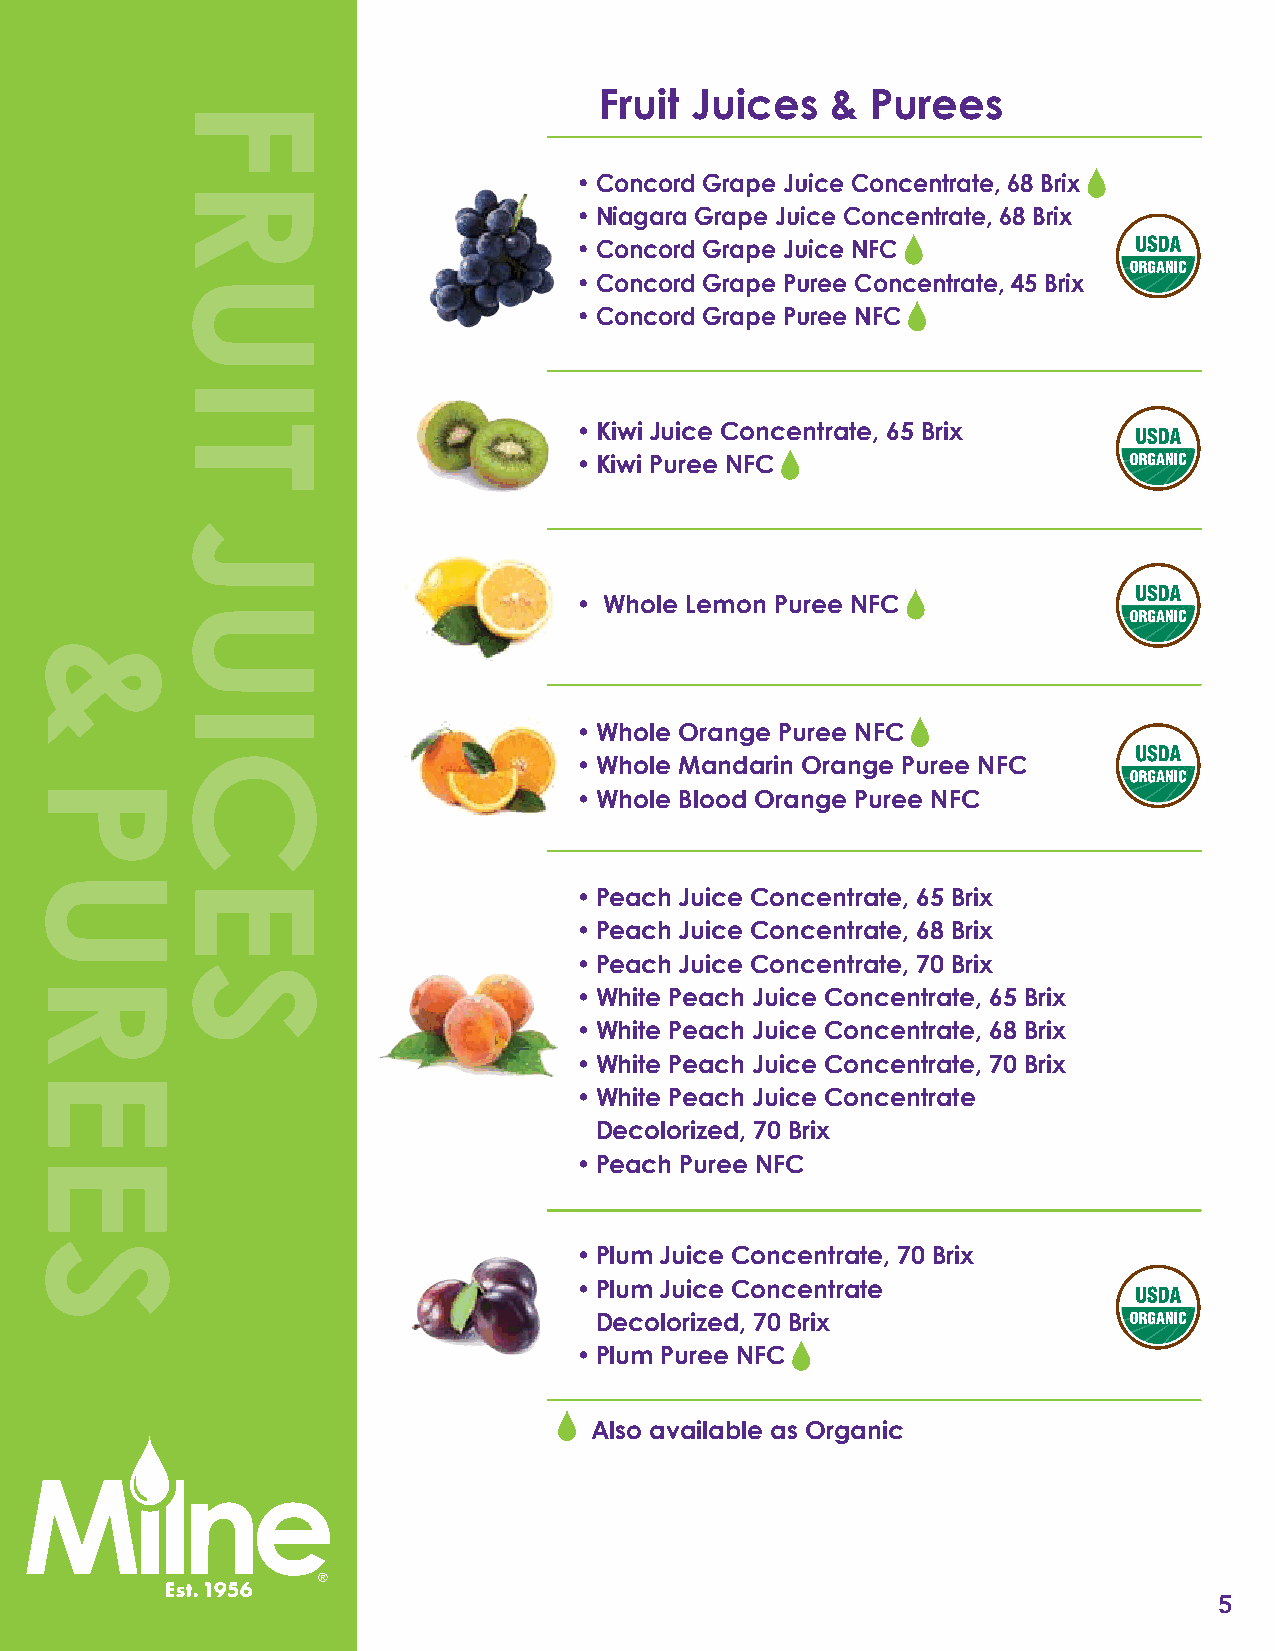
Fruit Juices   &  Purees
 • Concord Grape Juice Concentrate, 68 Brix
 • Niagara Grape Juice Concentrate, 68 Brix
 • Concord Grape Juice NFC
 • Concord Grape Puree Concentrate, 45 Brix
 • Concord Grape Puree NFC
 • Kiwi Juice Concentrate, 65 Brix
 • Kiwi Puree NFC
 • Whole Lemon Puree NFC
 • Whole Orange Puree NFC
 • Whole Mandarin Orange Puree NFC
 • Whole Blood Orange Puree NFC
 • Peach Juice Concentrate, 65 Brix
 • Peach Juice Concentrate, 68 Brix
 • Peach Juice Concentrate, 70 Brix
 • White Peach Juice Concentrate, 65 Brix
 • White Peach Juice Concentrate, 68 Brix
 • White Peach Juice Concentrate, 70 Brix
 • White Peach Juice Concentrate
 Decolorized, 70 Brix
 • Peach Puree NFC
 • Plum Juice Concentrate, 70 Brix
 • Plum Juice Concentrate
 Decolorized, 70 Brix
 • Plum Puree NFC
 Also available as Organic
 5
 &
 PUREES
 FRUIT
 JUICES